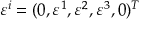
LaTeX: \varepsilon ^ { i } = ( 0 , \varepsilon ^ { 1 } , \varepsilon ^ { 2 } , \varepsilon ^ { 3 } , 0 ) ^ { T }